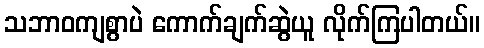
သဘာဝကျစွာပဲ ကောက်ချက်ဆွဲယူ လိုက်ကြပါတယ်။